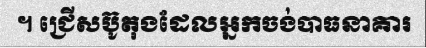
។ ជ្រើសប៊ូតុងដែលអ្នកចង់បាធនាគារ